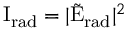
\mathrm { { I } } _ { \mathrm { { r a d } } } = | \tilde { \mathrm { { E } } } _ { \mathrm { { r a d } } } | ^ { 2 }